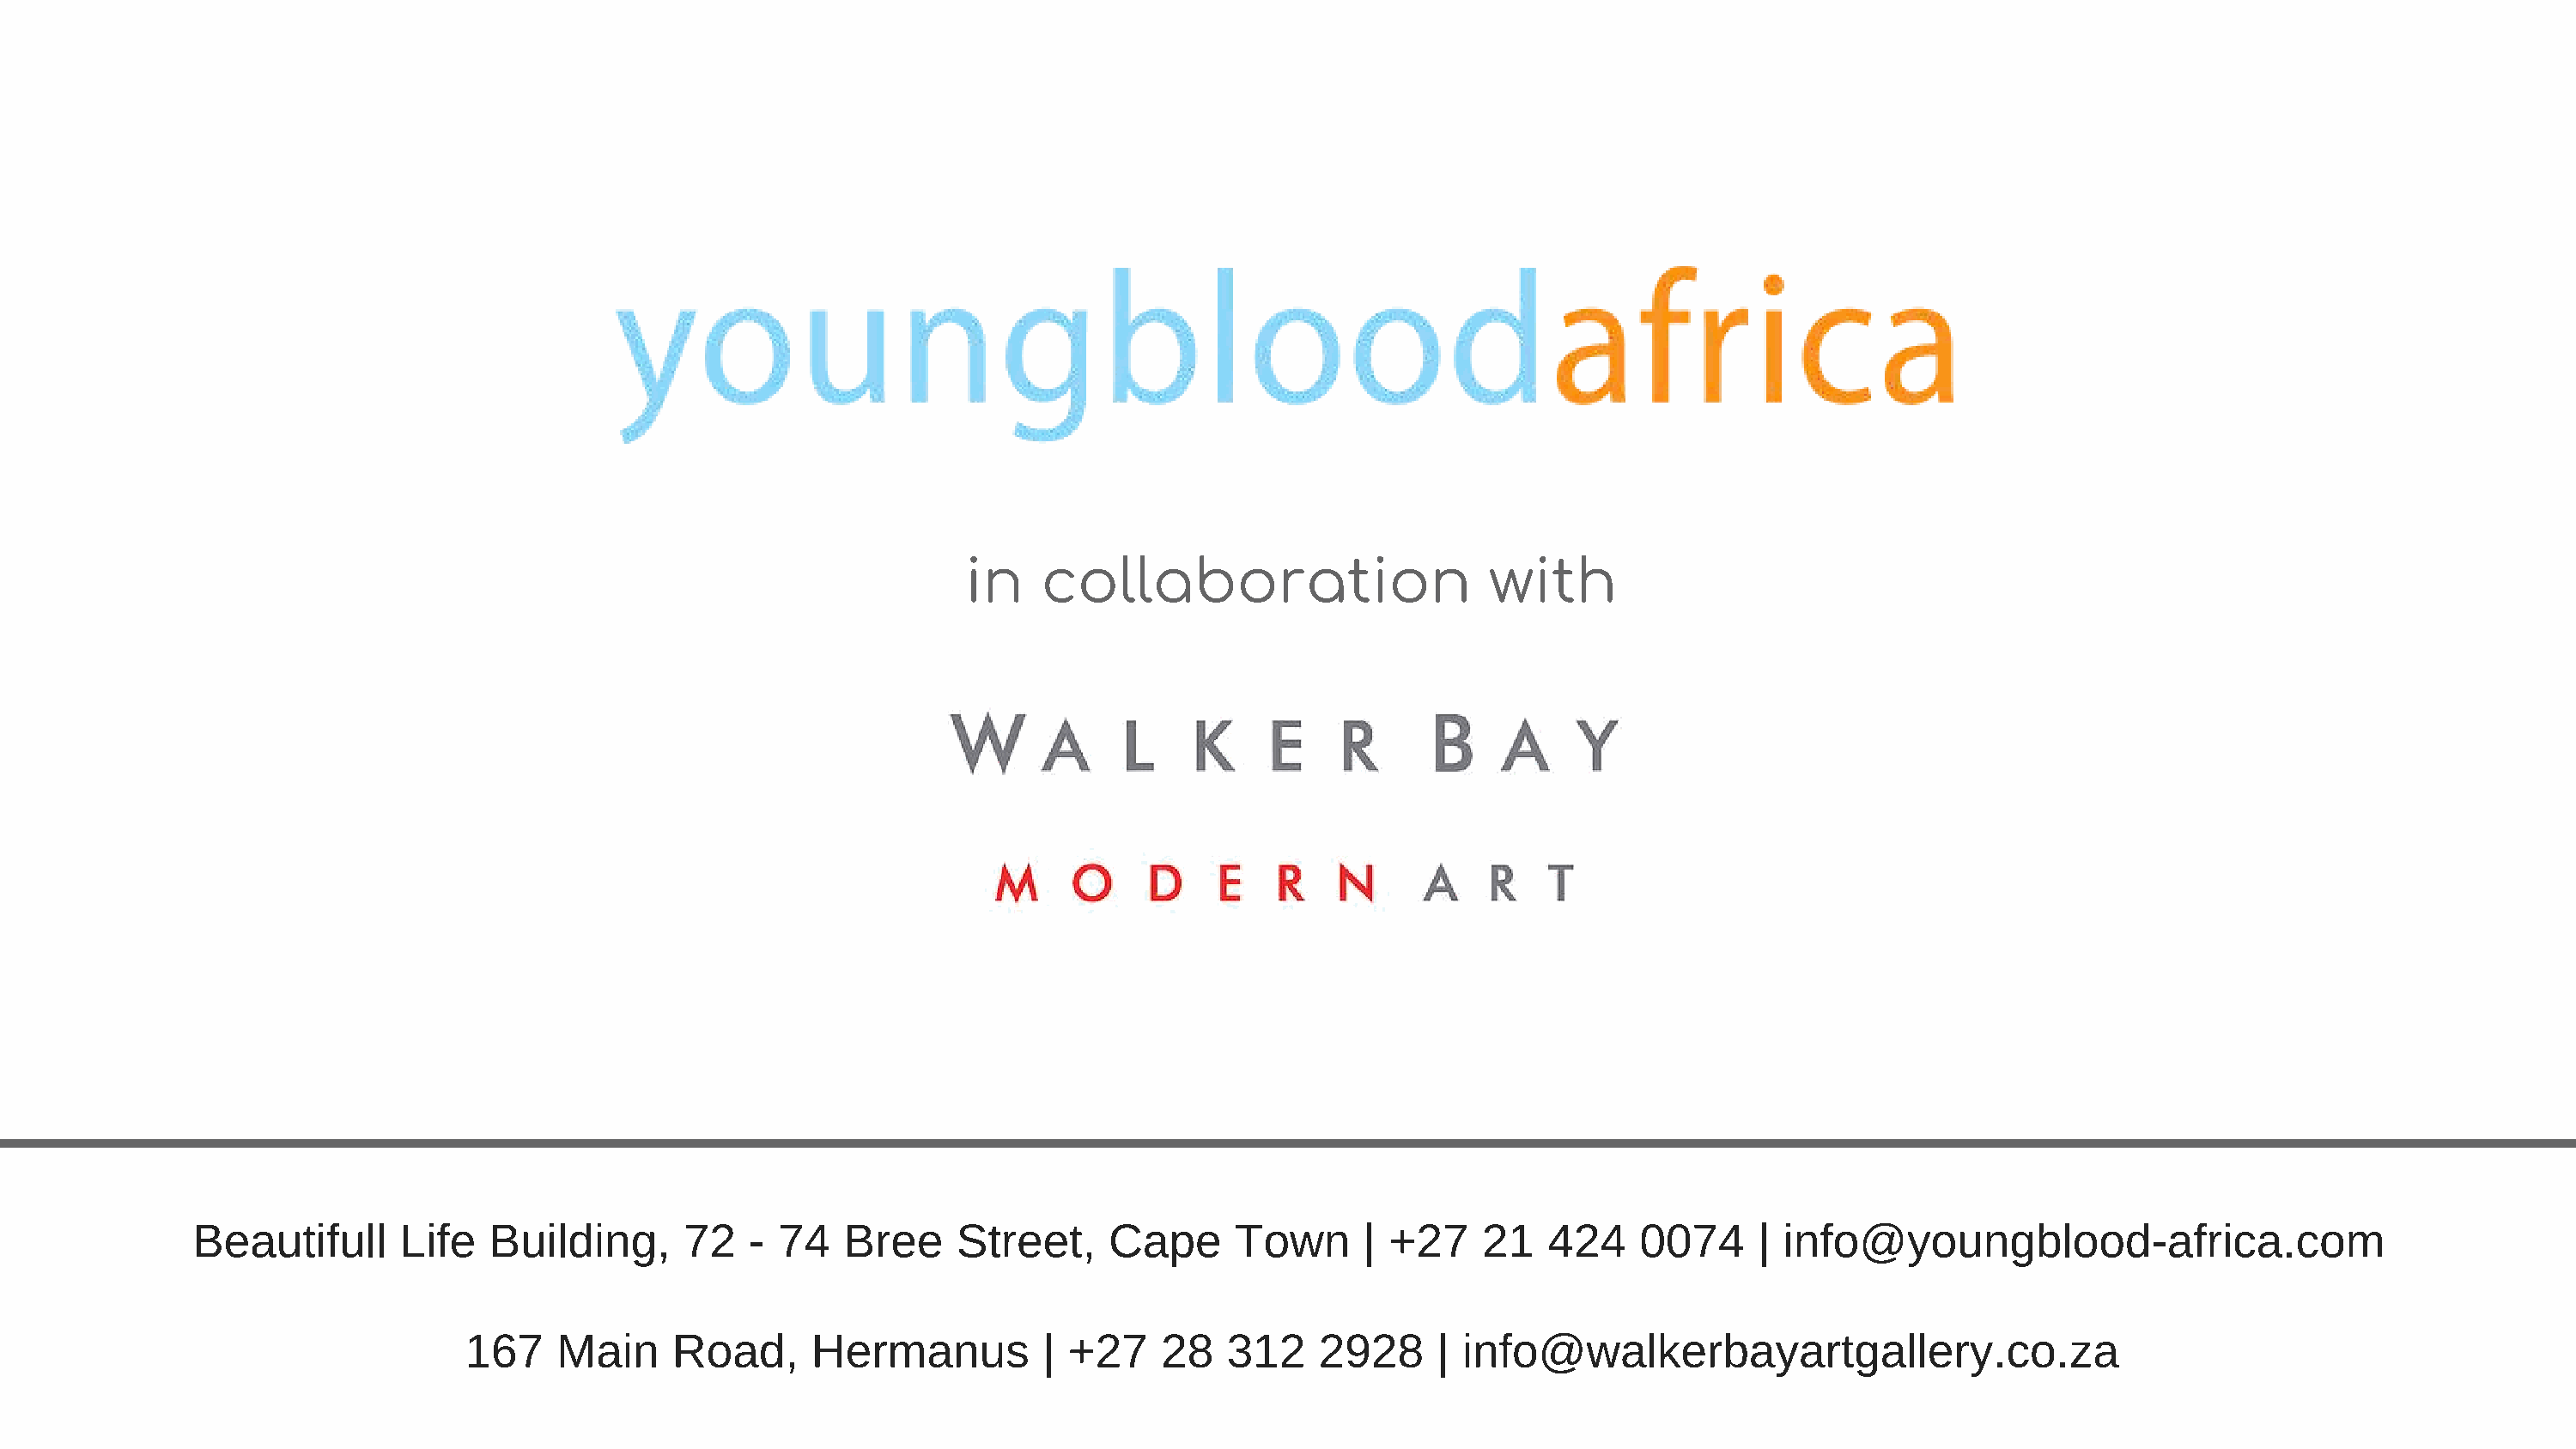
in    collaboration                      with
 Beautifull      Life   Building,      72   - 74   Bree     Street,    Cape      Town      | +27    21   424    0074      | info@youngblood-africa.com
 167    Main     Road,      Hermanus         | +27     28   312    2928     | info@walkerbayartgallery.co.za